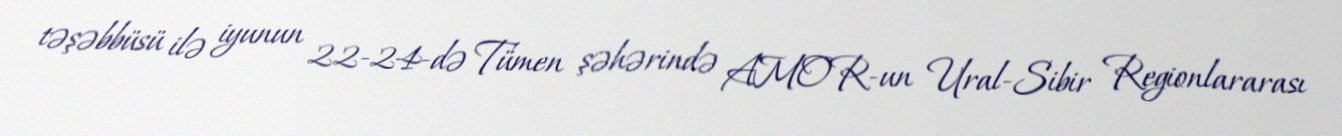
təşəbbüsü ilə iyunun 22-24-də Tümen şəhərində AMOR-un Ural-Sibir Regionlararası